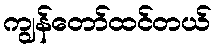
ကျွန်တော်ထင်တယ်